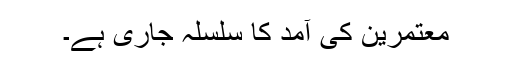
معتمرین کی آمد کا سلسلہ جاری ہے۔